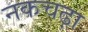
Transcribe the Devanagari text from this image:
नकचढ़ा